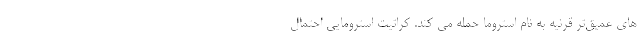
های عمیق‌تر قرنیه به نام استروما حمله می کند. کراتیت استرومایی احتمال